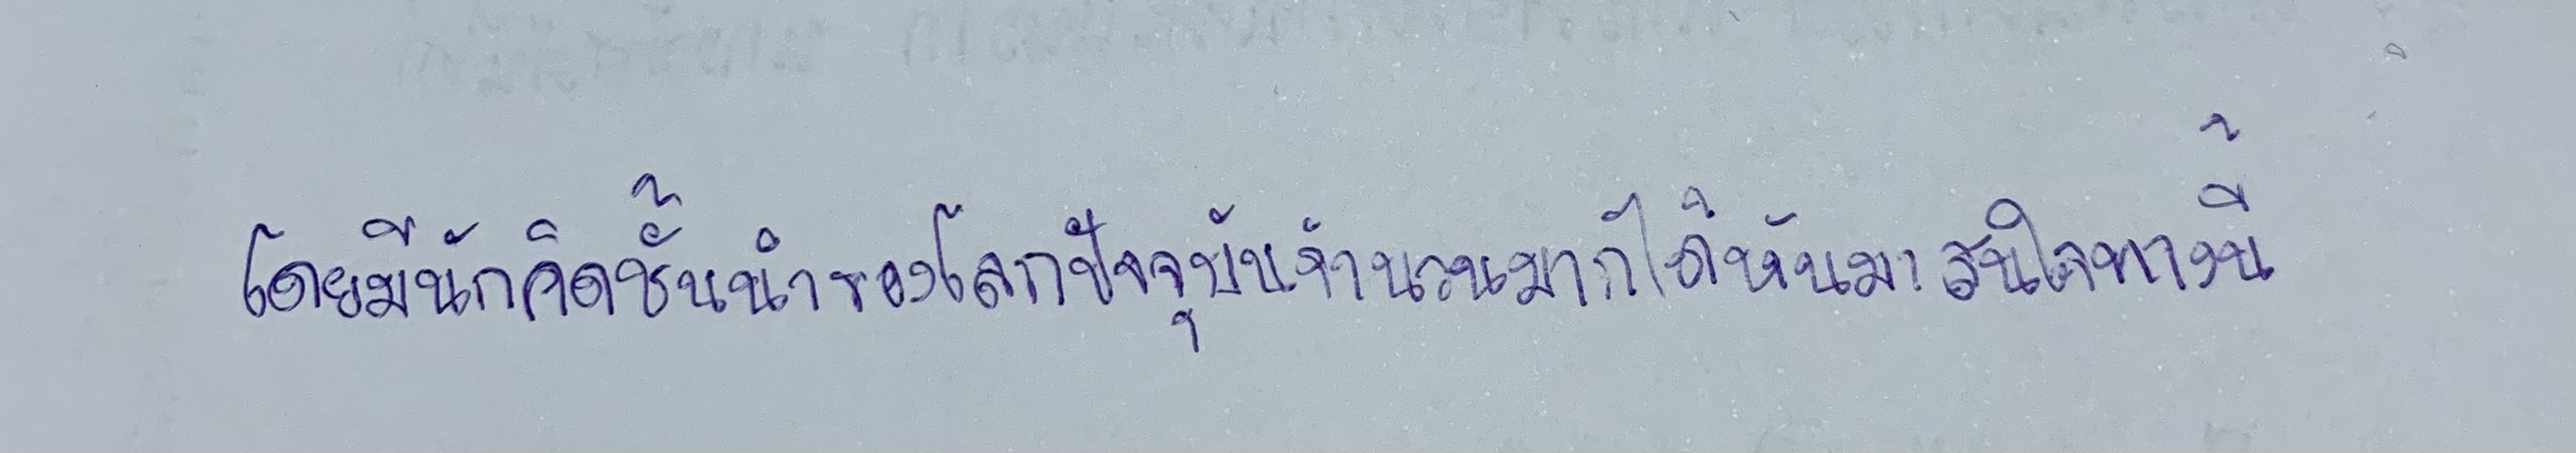
โดยมีนักคิดชั้นนำของโลกปัจจุบันจำนวนมากได้หันมาสนใจทางนี้